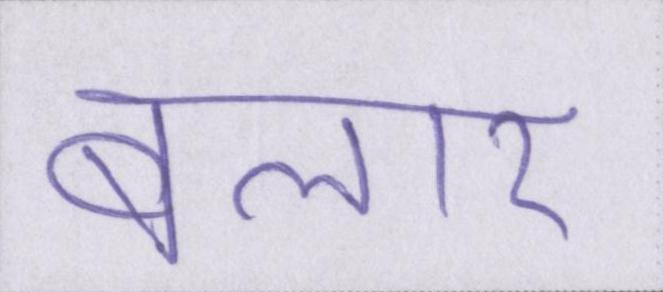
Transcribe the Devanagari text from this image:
बलार